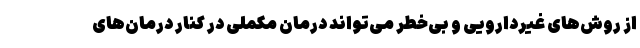
از روش‌های غیردارویی و بی‌خطر می‌تواند درمان مکملی در کنار درمان‌های